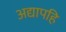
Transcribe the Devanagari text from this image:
अद्यापहि